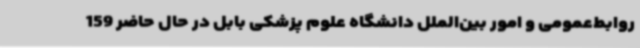
روابط‌عمومی و امور بین‌الملل دانشگاه علوم پزشکی بابل در حال حاضر 159